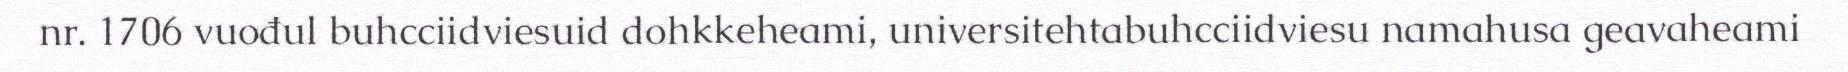
nr. 1706 vuođul buhcciidviesuid dohkkeheami, universitehtabuhcciidviesu namahusa geavaheami